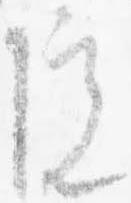
院